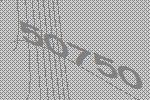
50750